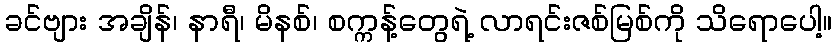
ခင်ဗျား အချိန်၊ နာရီ၊ မိနစ်၊ စက္ကန့်တွေရဲ့ လာရင်းဇစ်မြစ်ကို သိရောပေါ့။